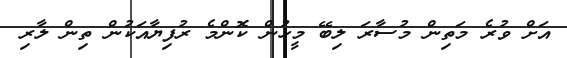
އަށް ވުރެ މަތިން މުސާރަ ލިބޭ މީހުން ކޮންމެ ރުފިޔާއަކުން ތިން ލާރި